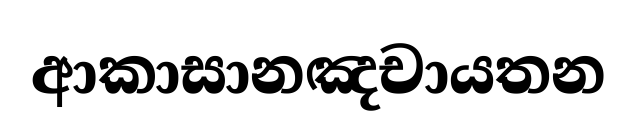
ආකාසානඤචායතන